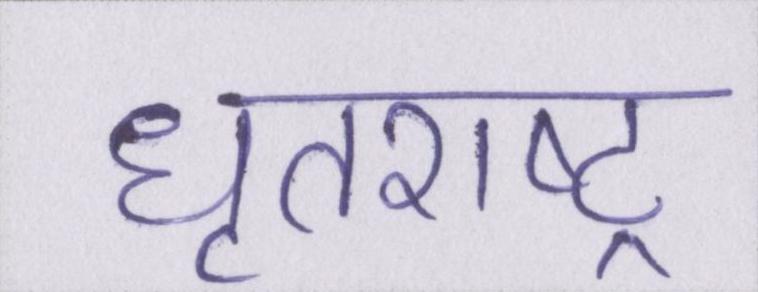
धृतराष्ट्र